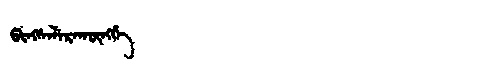
Manchu: ᡦᡳᠩᠰᡝᠯᡝᡵᠠᡴᡡᠩᡤᡝ
Romanization: PINGSELERAKŪNGGE